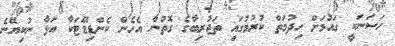
ހަސަނަކީ ގައުމަށް ހިދުމަތް ކުރުމުގައި ތަޖުރިބާގެ ގޮތުން އެހެން ކެންޑިޑޭޓަކާ އަޅާ ނުކިޔޭނެ